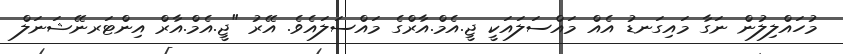
މުހައްލިލުން ނަގާ މައިގަނޑު އެއް މައްސަލައަކީ ޖީ.އެމް.އާރްގެ މައްސަލައެވެ. އޭރު "ޖީ.އެމް.އާރް އިންޓަރނޭޝަނަލް